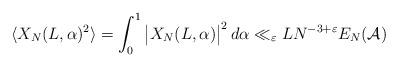
LaTeX: \begin{align*} \langle X_N(L,\alpha)^2\rangle=\int_0^1\big|X_N(L,\alpha)\big|^2\,d\alpha\ll_\varepsilon LN^{-3+\varepsilon}E_N(\mathcal{A})\end{align*}